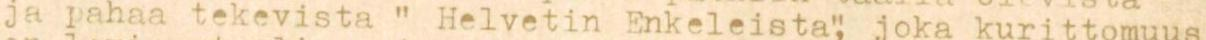
ja pahaa tekevistä " Helvetin Enkeleistä", joka kurittomuus